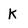
Character: K